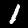
Label: 1